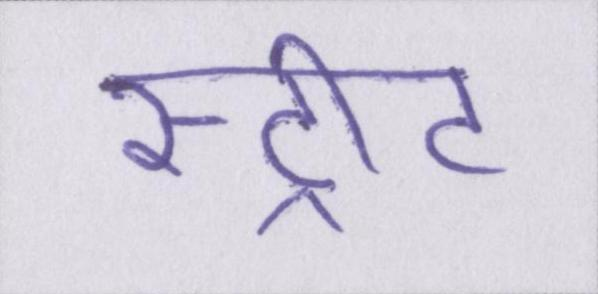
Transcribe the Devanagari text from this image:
स्ट्रीट